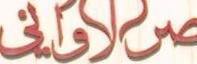
الاواني